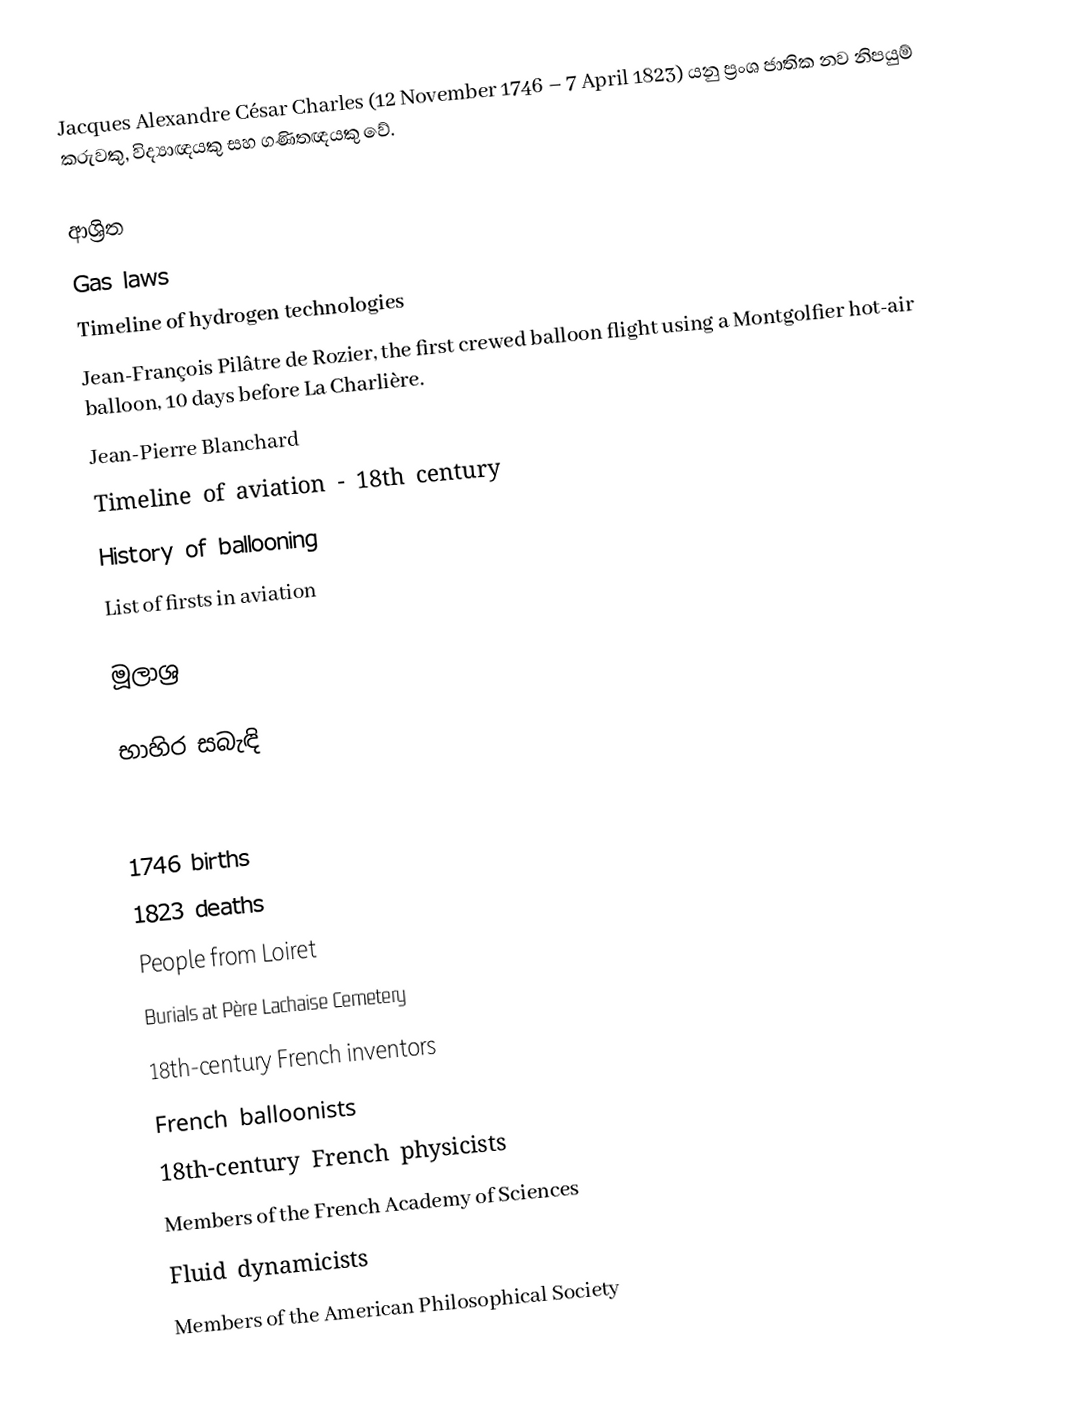
Jacques Alexandre César Charles (12 November 1746 – 7 April 1823) යනු ප්‍රංශ ජාතික නව නිපයුම් කරුවකු, විද්‍යාඥයකු සහ ගණිතඥයකු වේ.

ආශ්‍රිත
 Gas laws
 Timeline of hydrogen technologies
 Jean-François Pilâtre de Rozier, the first crewed balloon flight using a Montgolfier hot-air balloon, 10 days before La Charlière.
 Jean-Pierre Blanchard
 Timeline of aviation - 18th century
 History of ballooning
 List of firsts in aviation

මූලාශ්‍ර

භාහිර සබැඳි

1746 births
1823 deaths
People from Loiret
Burials at Père Lachaise Cemetery
18th-century French inventors
French balloonists
18th-century French physicists
Members of the French Academy of Sciences
Fluid dynamicists
Members of the American Philosophical Society